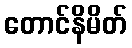
တောင်နိမိတ်